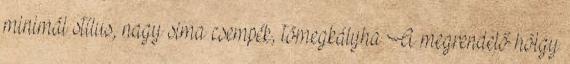
minimál stílus, nagy sima csempék, tömegkályha A megrendelő hölgy